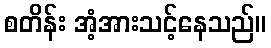
စတိန်း အံ့အားသင့်နေသည်။